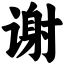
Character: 谢